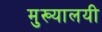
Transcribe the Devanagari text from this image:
मुख्यालयी